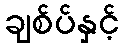
ချစ်ပ်နှင့်